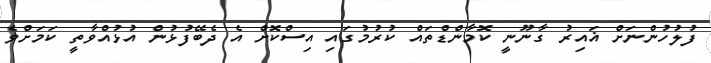
ފުލުހުންނަށް ޣައިރު ގާނޫނީ ކޮމާންޑްތައް ކުރުމުގައި އިސްކޮށް އެ ދެބޭފުޅުން އުޅުއްވާތީ ކަމަށްވެ